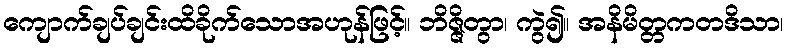
ကျောက်ချပ်ချင်းထိခိုက်သောအဟုန်ဖြင့်။ ဘိဇ္ဇိတွာ၊ ကွဲ၍။ အနိမိတ္တကတဒိသာ၊